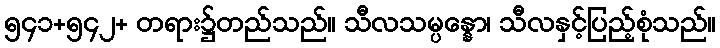
၅၄၁+၅၄၂+ တရား၌တည်သည်။ သီလသမ္ပန္နော၊ သီလနှင့်ပြည့်စုံသည်။